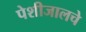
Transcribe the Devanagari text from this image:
पेशीजालचे